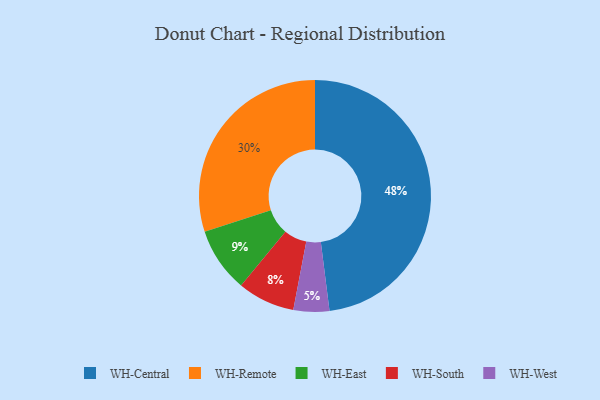
{"axis": {"x": "Category", "y": "Percentage"}, "legend": ["WH-Central", "WH-East", "WH-Remote", "WH-South", "WH-West"], "data": [{"x": "WH-Central", "y": 48, "type": "WH-Central"}, {"x": "WH-Remote", "y": 30, "type": "WH-Remote"}, {"x": "WH-South", "y": 8, "type": "WH-South"}, {"x": "WH-West", "y": 5, "type": "WH-West"}, {"x": "WH-East", "y": 9, "type": "WH-East"}]}